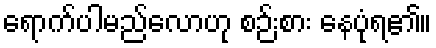
ရောက်ပါမည်လောဟု စဉ်းစား နေပုံရ၏။